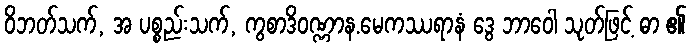
ဝိဘတ်သက်, အ ပစ္စည်းသက်, ကွစာဒိဝဏ္ဏာန.မေကဿရာနံ ဒွေ ဘာဝေါ သုတ်ဖြင့် ဓာ ၏